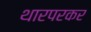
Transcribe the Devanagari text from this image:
थारपरकर